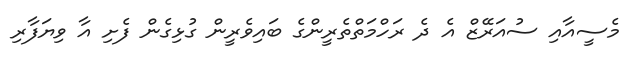
މެސީއާއި ސުއަރޭޒް އެ ދެ ރަހްމަތްތެރީންގެ ބައިވެރީން ގުޅިގެން ފެށި އާ ވިޔަފާރި